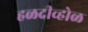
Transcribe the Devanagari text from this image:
हळदीव्होळ